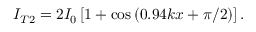
I _ { T 2 } = 2 I _ { 0 } \left[ 1 + \cos \left( 0 . 9 4 k x + \pi / 2 \right) \right] .